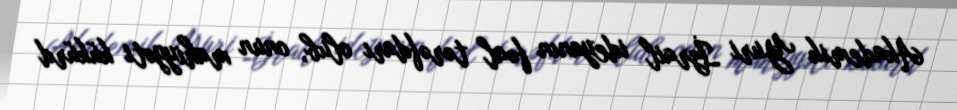
Akademik Yuri İzrail ideyanın fəal tərəfdarı olub, onun mahiyyəti kükürd